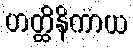
ဟတ္ထိနိကာယ